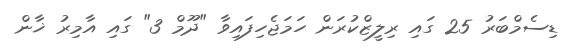
ޑިސެމްބަރު 25 ގައި ރިލީޒްކުރަން ހަމަޖެހިފައިވާ "ދޫމް 3" ގައި އާމިރު ޚާން